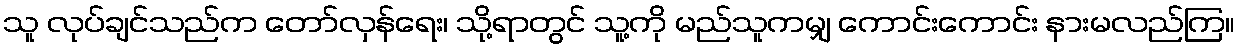
သူ လုပ်ချင်သည်က တော်လှန်ရေး၊ သို့ရာတွင် သူ့ကို မည်သူကမျှ ကောင်းကောင်း နားမလည်ကြ။